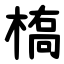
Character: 槗